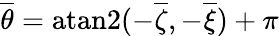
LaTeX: {\overline{{\theta}}}=\mathrm{atan2}(-{\overline{{\zeta}}},-{\overline{{\xi}}})+\pi